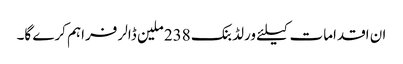
ان اقدامات کیلئے ورلڈ بنک 238 ملین ڈالر فراہم کرے گا۔